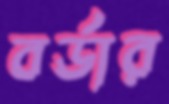
বর্ডার